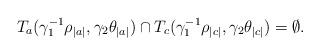
LaTeX: \begin{align*}T_a(\gamma_1^{-1}\rho_{|a|},\gamma_2\theta_{|a|})\cap T_c(\gamma_1^{-1}\rho_{|c|},\gamma_2\theta_{|c|})=\emptyset.\end{align*}